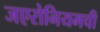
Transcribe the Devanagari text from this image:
जएरोनियमची